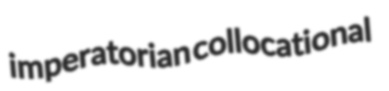
imperatorian collocational